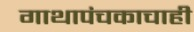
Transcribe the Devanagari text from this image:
गाथापंचकाचाही